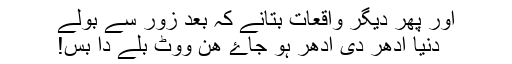
اور پھر دیگر واقعات بتانے کہ بعد زور سے بولے
دنیا ادھر دی ادھر ہو جاۓ ھن ووٹ بلے دا بس!